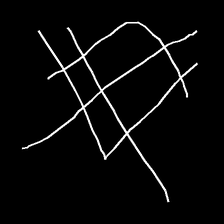
Glyph: crystal